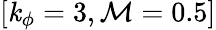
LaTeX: [\mathit{k}_{\phi}=3,\mathcal{{M}}=0.5]